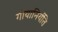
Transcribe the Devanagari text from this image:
गोयानिर्यति